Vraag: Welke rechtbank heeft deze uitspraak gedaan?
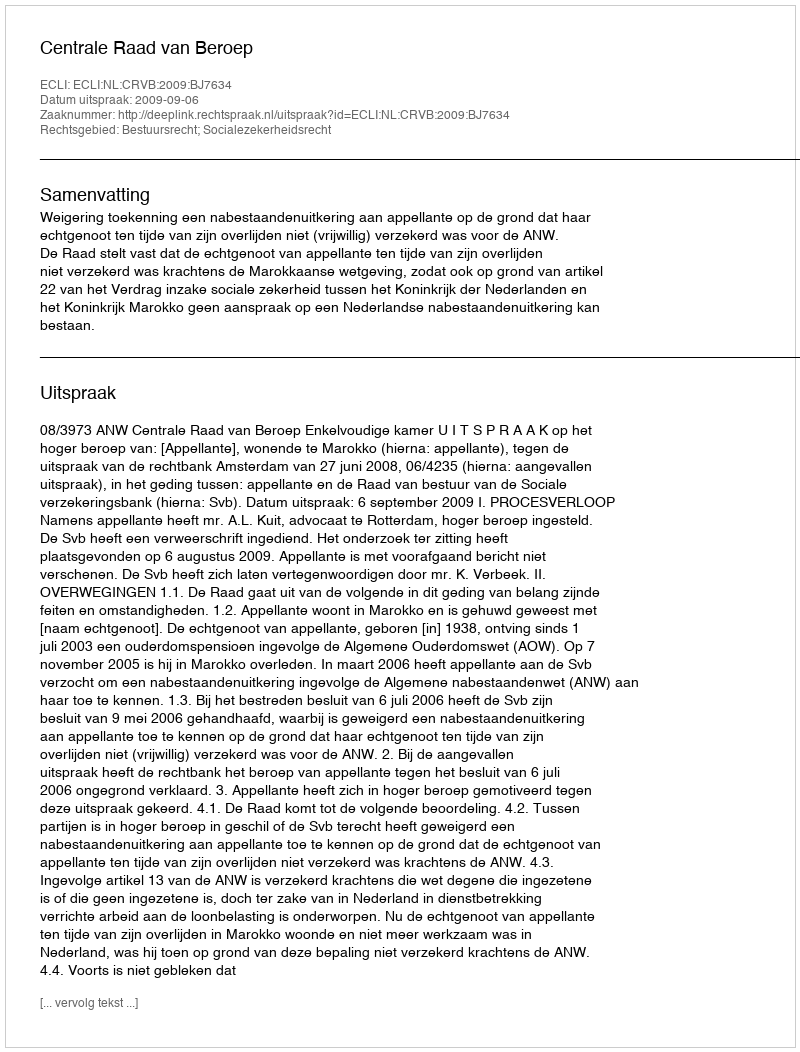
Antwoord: Centrale Raad van Beroep